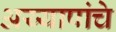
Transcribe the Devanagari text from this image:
अय्यापांचे